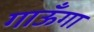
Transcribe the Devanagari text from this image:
गाऊँगा